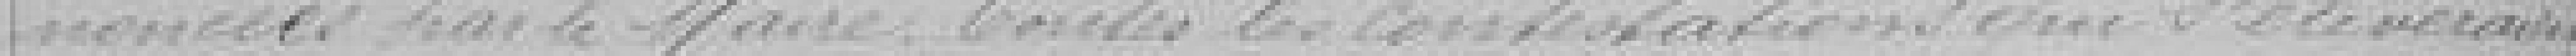
-noncées par le Maire. Toutes les contestations qui s'élèveront